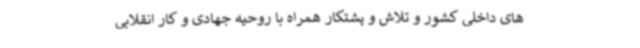
های داخلی کشور و تلاش و پشتکار همراه با روحیه جهادی و کار انقلابی